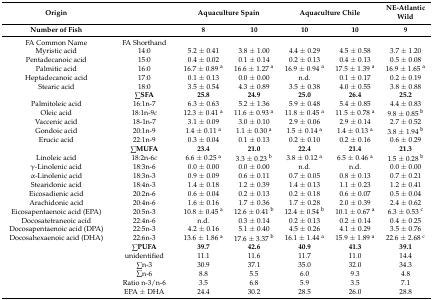
<table><thead><tr><td><b>Origin</b></td><td></td><td colspan="2"><b>Aquaculture Spain</b></td><td colspan="2"><b>Aquaculture Chile</b></td><td><b>NE-Atlantic Wild</b></td></tr><tr><td><b>Number of Fish</b></td><td></td><td><b>8</b></td><td><b>10</b></td><td><b>10</b></td><td><b>10</b></td><td><b>9</b></td></tr></thead><tbody><tr><td>FA Common Name</td><td>FA Shorthand</td><td></td><td></td><td></td><td></td><td></td></tr><tr><td>Myristic acid</td><td>14:0</td><td>5.2 ± 0.41</td><td>3.8 ± 1.00</td><td>4.4 ± 0.29</td><td>4.5 ± 0.58</td><td>3.7 ± 1.20</td></tr><tr><td>Pentadecanoic acid</td><td>15:0</td><td>0.4 ± 0.02</td><td>0.1 ± 0.14</td><td>0.2 ± 0.13</td><td>0.4 ± 0.13</td><td>0.5 ± 0.08</td></tr><tr><td>Palmitic acid</td><td>16:0</td><td>16.7 ± 0.89 <sup>a</sup></td><td>16.6 ± 1.27 <sup>a</sup></td><td>16.9 ± 0.94 <sup>a</sup></td><td>17.5 ± 1.39 <sup>a</sup></td><td>16.9 ± 1.65 <sup>a</sup></td></tr><tr><td>Heptadecanoic acid</td><td>17:0</td><td>0.1 ± 0.13</td><td>0.0 ± 0.00</td><td>n.d.</td><td>0.1 ± 0.17</td><td>0.2 ± 0.19</td></tr><tr><td>Stearic acid</td><td>18:0</td><td>3.5 ± 0.54</td><td>4.3 ± 0.89</td><td>3.5 ± 0.38</td><td>4.0 ± 0.55</td><td>3.8 ± 0.88</td></tr><tr><td></td><td><b>∑SFA</b></td><td><b>25.8</b></td><td><b>24.9</b></td><td><b>25.0</b></td><td><b>26.4</b></td><td><b>25.2</b></td></tr><tr><td>Palmitoleic acid</td><td>16:1n-7</td><td>6.3 ± 0.63</td><td>5.2 ± 1.36</td><td>5.9 ± 0.48</td><td>5.4 ± 0.85</td><td>4.4 ± 0.83</td></tr><tr><td>Oleic acid</td><td>18:1n-9<i>c</i></td><td>12.3 ± 0.41 <sup>a</sup></td><td>11.6 ± 0.93 <sup>a</sup></td><td>11.8 ± 0.45 <sup>a</sup></td><td>11.5 ± 0.78 <sup>a</sup></td><td>9.8 ± 0.85 <sup>b</sup></td></tr><tr><td>Vaccenic acid</td><td>18-1n-7</td><td>3.1 ± 0.09</td><td>3.0 ± 0.10</td><td>2.9 ± 0.06</td><td>2.9 ± 0.14</td><td>2.7 ± 0.52</td></tr><tr><td>Gondoic acid</td><td>20:1n-9</td><td>1.4 ± 0.11 <sup>a</sup></td><td>1.1 ± 0.30 <sup>a</sup></td><td>1.5 ± 0.14 <sup>a</sup></td><td>1.4 ± 0.13 <sup>a</sup></td><td>3.8 ± 1.94 <sup>b</sup></td></tr><tr><td>Erucic acid</td><td>22:1n-9</td><td>0.3 ± 0.04</td><td>0.1 ± 0.13</td><td>0.2 ± 0.10</td><td>0.2 ± 0.16</td><td>0.6 ± 0.29</td></tr><tr><td></td><td><b>∑MUFA</b></td><td><b>23.4</b></td><td><b>21.0</b></td><td><b>22.4</b></td><td><b>21.4</b></td><td><b>21.3</b></td></tr><tr><td>Linoleic acid</td><td>18:2n-6<i>c</i></td><td>6.6 ± 0.25 <sup>a</sup></td><td>3.3 ± 0.23 <sup>b</sup></td><td>3.8 ± 0.12 <sup>a</sup></td><td>6.5 ± 0.46 <sup>a</sup></td><td>1.5 ± 0.28 <sup>b</sup></td></tr><tr><td>γ-Linolenic acid</td><td>18:3n-6</td><td>0.0 ± 0.00</td><td>0.0 ± 0.00</td><td>n.d.</td><td>n.d.</td><td>0.0 ± 0.00</td></tr><tr><td>α-Linolenic acid</td><td>18:3n-3</td><td>0.9 ± 0.09</td><td>0.6 ± 0.11</td><td>0.7 ± 0.05</td><td>0.8 ± 0.13</td><td>0.7 ± 0.21</td></tr><tr><td>Stearidonic acid</td><td>18:4n-3</td><td>1.4 ± 0.18</td><td>1.2 ± 0.39</td><td>1.4 ± 0.13</td><td>1.1 ± 0.23</td><td>1.2 ± 0.41</td></tr><tr><td>Eicosadienic acid</td><td>20:2n-6</td><td>0.6 ± 0.04</td><td>0.2 ± 0.13</td><td>0.2 ± 0.18</td><td>0.6 ± 0.07</td><td>0.5 ± 0.04</td></tr><tr><td>Arachidonic acid</td><td>20:4n-6</td><td>1.6 ± 0.16</td><td>1.7 ± 0.36</td><td>1.7 ± 0.28</td><td>2.0 ± 0.39</td><td>2.4 ± 0.62</td></tr><tr><td>Eicosapentaenoic acid (EPA)</td><td>20:5n-3</td><td>10.8 ± 0.45 <sup>a</sup></td><td>12.6 ± 0.41 <sup>b</sup></td><td>12.4 ± 0.54 <sup>b</sup></td><td>10.1 ± 0.67 <sup>a</sup></td><td>6.3 ± 0.53 <sup>c</sup></td></tr><tr><td>Docosatetraneoic acid</td><td>22:4n-6</td><td>n.d.</td><td>0.3 ± 0.14</td><td>0.2 ± 0.13</td><td>0.2 ± 0.14</td><td>0.4 ± 0.25</td></tr><tr><td>Docosapentaenoic acid (DPA)</td><td>22:5n-3</td><td>4.2 ± 0.16</td><td>5.1 ± 0.40</td><td>4.5 ± 0.26</td><td>4.1 ± 0.29</td><td>3.5 ± 0.76</td></tr><tr><td>Docosahexaenoic acid (DHA)</td><td>22:6n-3</td><td>13.6 ± 1.86 <sup>a</sup></td><td>17.6 ± 3.37 <sup>b</sup></td><td>16.1 ± 1.44 <sup>a</sup></td><td>15.9 ± 1.89 <sup>a</sup></td><td>22.6 ± 2.68 <sup>c</sup></td></tr><tr><td></td><td><b>∑PUFA</b></td><td><b>39.7</b></td><td><b>42.6</b></td><td><b>40.9</b></td><td><b>41.3</b></td><td><b>39.1</b></td></tr><tr><td></td><td>unidentified</td><td>11.1</td><td>11.6</td><td>11.7</td><td>11.0</td><td>14.4</td></tr><tr><td></td><td>∑n-3</td><td>30.9</td><td>37.1</td><td>35.0</td><td>32.0</td><td>34.3</td></tr><tr><td></td><td>∑n-6</td><td>8.8</td><td>5.5</td><td>6.0</td><td>9.3</td><td>4.8</td></tr><tr><td></td><td>Ratio n-3/n-6</td><td>3.5</td><td>6.8</td><td>5.9</td><td>3.5</td><td>7.1</td></tr><tr><td></td><td>EPA ± DHA</td><td>24.4</td><td>30.2</td><td>28.5</td><td>26.0</td><td>28.8</td></tr></tbody></table>